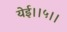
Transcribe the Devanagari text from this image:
येई।।५।।